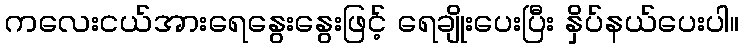
ကလေးငယ်အားရေနွေးနွေးဖြင့် ရေချိုးပေးပြီး နှိပ်နယ်ပေးပါ။